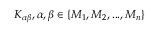
K _ { \alpha \beta } , \alpha , \beta \in \{ M _ { 1 } , M _ { 2 } , . . . , M _ { n } \}